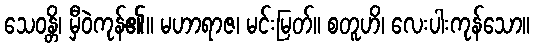
သေဝန္တိ၊ မှီဝဲကုန်၏။ မဟာရာဇ၊ မင်းမြတ်။ စတူဟိ၊ လေးပါးကုန်သော။